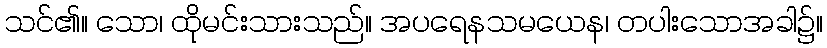
သင်၏။ သော၊ ထိုမင်းသားသည်။ အပရေနသမယေန၊ တပါးသောအခါ၌။